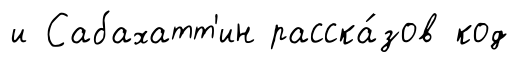
и Сабахатт'ин расска́зов код